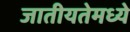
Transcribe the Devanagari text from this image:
जातीयतेमध्ये